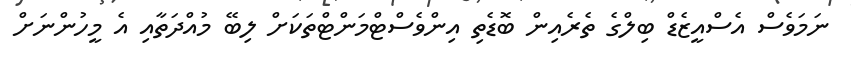
ނަމަވެސް އެސްއީޒެޑް ބިލްގެ ތެރެއިން ބޮޑެތި އިންވެސްޓްމަންޓްތަކަށް ލިބޭ މުއްދަތާއި އެ މީހުންނަށް